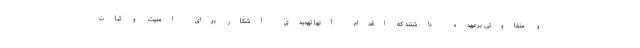
و متفاوتی برعهده داشتند که اقدام آنها تهدیدی آشکار برای امنیت و ثبات